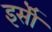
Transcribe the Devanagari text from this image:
इसॅी